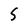
Character: S